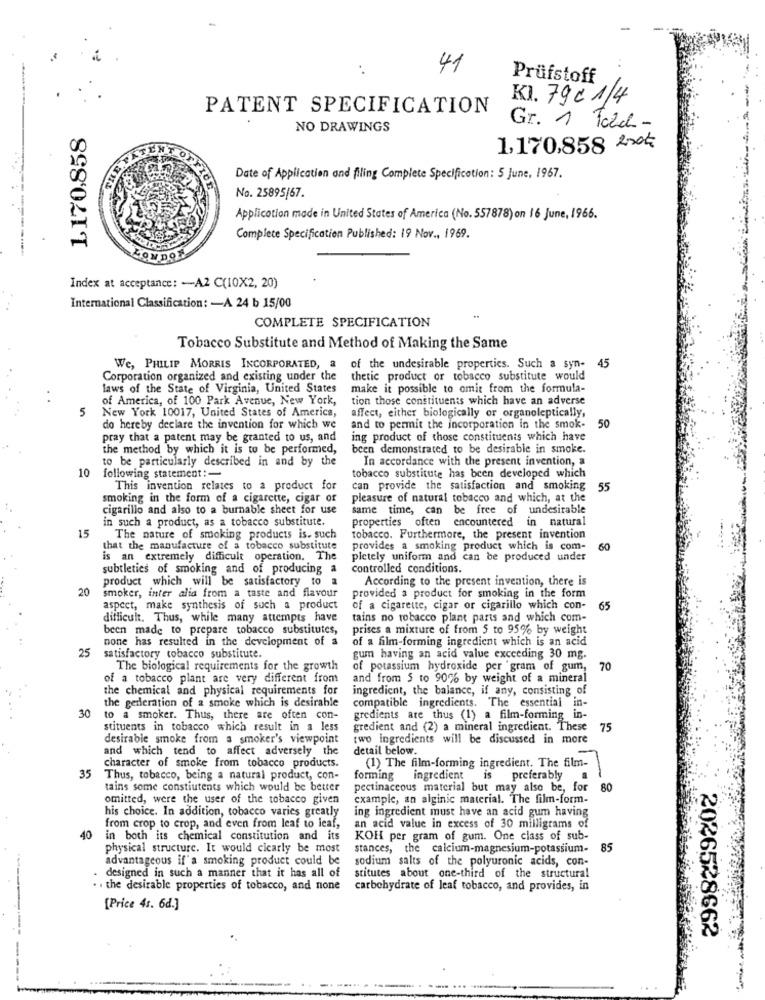
41
Prüfstoff
KI. 79 € 1/4
PATENT SPECIFICATION
1,170,858
NO DRAWINGS
Gr. 1 Tobch-
1,170,858 22ok
Date of Application and filing Complete Specification: 5 June, 1967.
No. 25895/67.
Application made in United States of America (No. 557878) on 16 June, 1966.
Complete Specification Published: 19 Nov ., 1969.
Index at acceptance: - A2 C(10X2, 20)
International Classification: - A 24 b 15/00
COMPLETE SPECIFICATION
Tobacco Substitute and Method of Making the Same
We, PHILIP MORRIS INCORPORATED, a
of the undesirable properties. Such a syn-
45
Corporation organized and existing under the
thetic product or tobacco substitute would
laws of the State of Virginia, United States
make it possible to omit from the formula-
of America, of 100 Park Avenue, New York,
tion those constituents which have an adverse
5
New York 10017, United States of America,
affect, either biologically or organoleptically,
do hereby declare the invention for which we
and to permit the incorporation in the smok- 50
pray that a patent may be granted to us, and
ing product of those constituents which have
the method by which it is to be performed,
been demonstrated to be desirable in smoke.
to be particularly described in and by the
In accordance with the present invention, a
10
following statement :-
tobacco substitute has been developed which
This invention relates to a product for
can provide the satisfaction and smoking 55
smoking in the form of a cigarette, cigar of
pleasure of natural tobacco and which, at the
cigarillo and also to a burnable sheet for use
same time, can be free of undesirable
in such a product, as a tobacco substitute.
properties often encountered in natural
15
The nature of smoking products is. such
tobacco. Furthermore, the present invention
that the manufacture of a tobacco substitute
provides a smoking product which is com-
60
is an extremely difficult operation. The
pletely uniform and can be produced under
subtleties of smoking and of producing a
Controlled conditions.
product which will be satisfactory to
According to the present invention, there is
20
smoker, inter alia from a taste and flavour
provided a product for smoking in the form
aspect, make synthesis of such a product
of a cigarette, cigar or cigarillo which con-
65
difficult. Thus, while many attempts have
tains no tobacco plant parts and which com-
been made to prepare tobacco substitutes,
prises a mixture of from 5 to 95% by weight
none has resulted in the development of a
of a film-forming ingredient which is an acid
25
satisfactory tobacco substitute.
gum having an acid value exceeding 30 mg.
The biological requirements for the growth
of potassium hydroxide per gram of gum,
70
of a tobacco plant are very different from
and from 5 to 9076 by weight of a mineral
the chemical and physical requirements for
ingredient, the balance, if any, consisting of
the generation of a smoke which is desirable
compatible ingredients. The essential in-
30
to a smoker. Thus, there are often con-
gredients are thus (1) a film-forming in-
stituents in tobacco which result in a less
gredient and (2) a mineral ingredient. These
75
desirable smoke from a_smoker's viewpoint
two ingredients will be discussed in more
and which tend to affect adversely the
detail below.
(1) The film-forming ingredient. The film-
35
character of smoke from tobacco products.
Thus, tobacco, being a natural product, con-
forming ingredient
is
preferably
tains some constiutents which would be better
pectinaccous material but may also be, for
80
omitted, were the user of the tobacco given
example, an alginic material. The film-form-
his choice. In addition, tobacco varies greatly
ing ingredient must have an acid gum having
from crop to crop, and even from leaf to leaf,
an acid value in excess of 30 milligrams of
40
in both its chemical constitution and its
KOH per gram of gum. One class of sub-
physical structure. It would cicarly be most
stances, the calcium-magnesium-potassium-
85
advantageous if'a smoking product could be
sodium salts of the polyuronic acids, con-
stitutes about one-third of the structural
. designed in such a manner that it has all of
. . the desirable properties of tobacco, and none
carbohydrate of leaf tobacco, and provides, in
[Price 4 :. 6d.]
2026528662